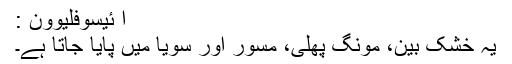
آ ئیسوفلیوون :
یہ خشک بین، مونگ پھلی، مسور اور سویا میں پایا جاتا ہے۔